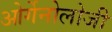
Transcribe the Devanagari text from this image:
ओर्गेनोलोजी